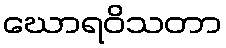
ဃောရဝိသတာ